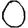
Digit: 0